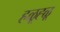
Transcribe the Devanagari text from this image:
हळूह्ळू